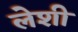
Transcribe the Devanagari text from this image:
लेशी